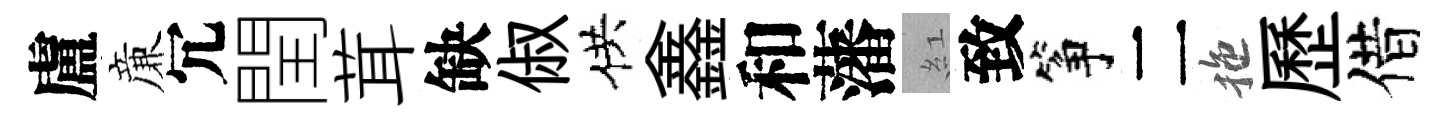
盧亷冗閏茸缺俶供鑫和藩紅致筝二拖歷借